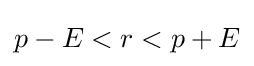
p-E<r<p+E\,\!